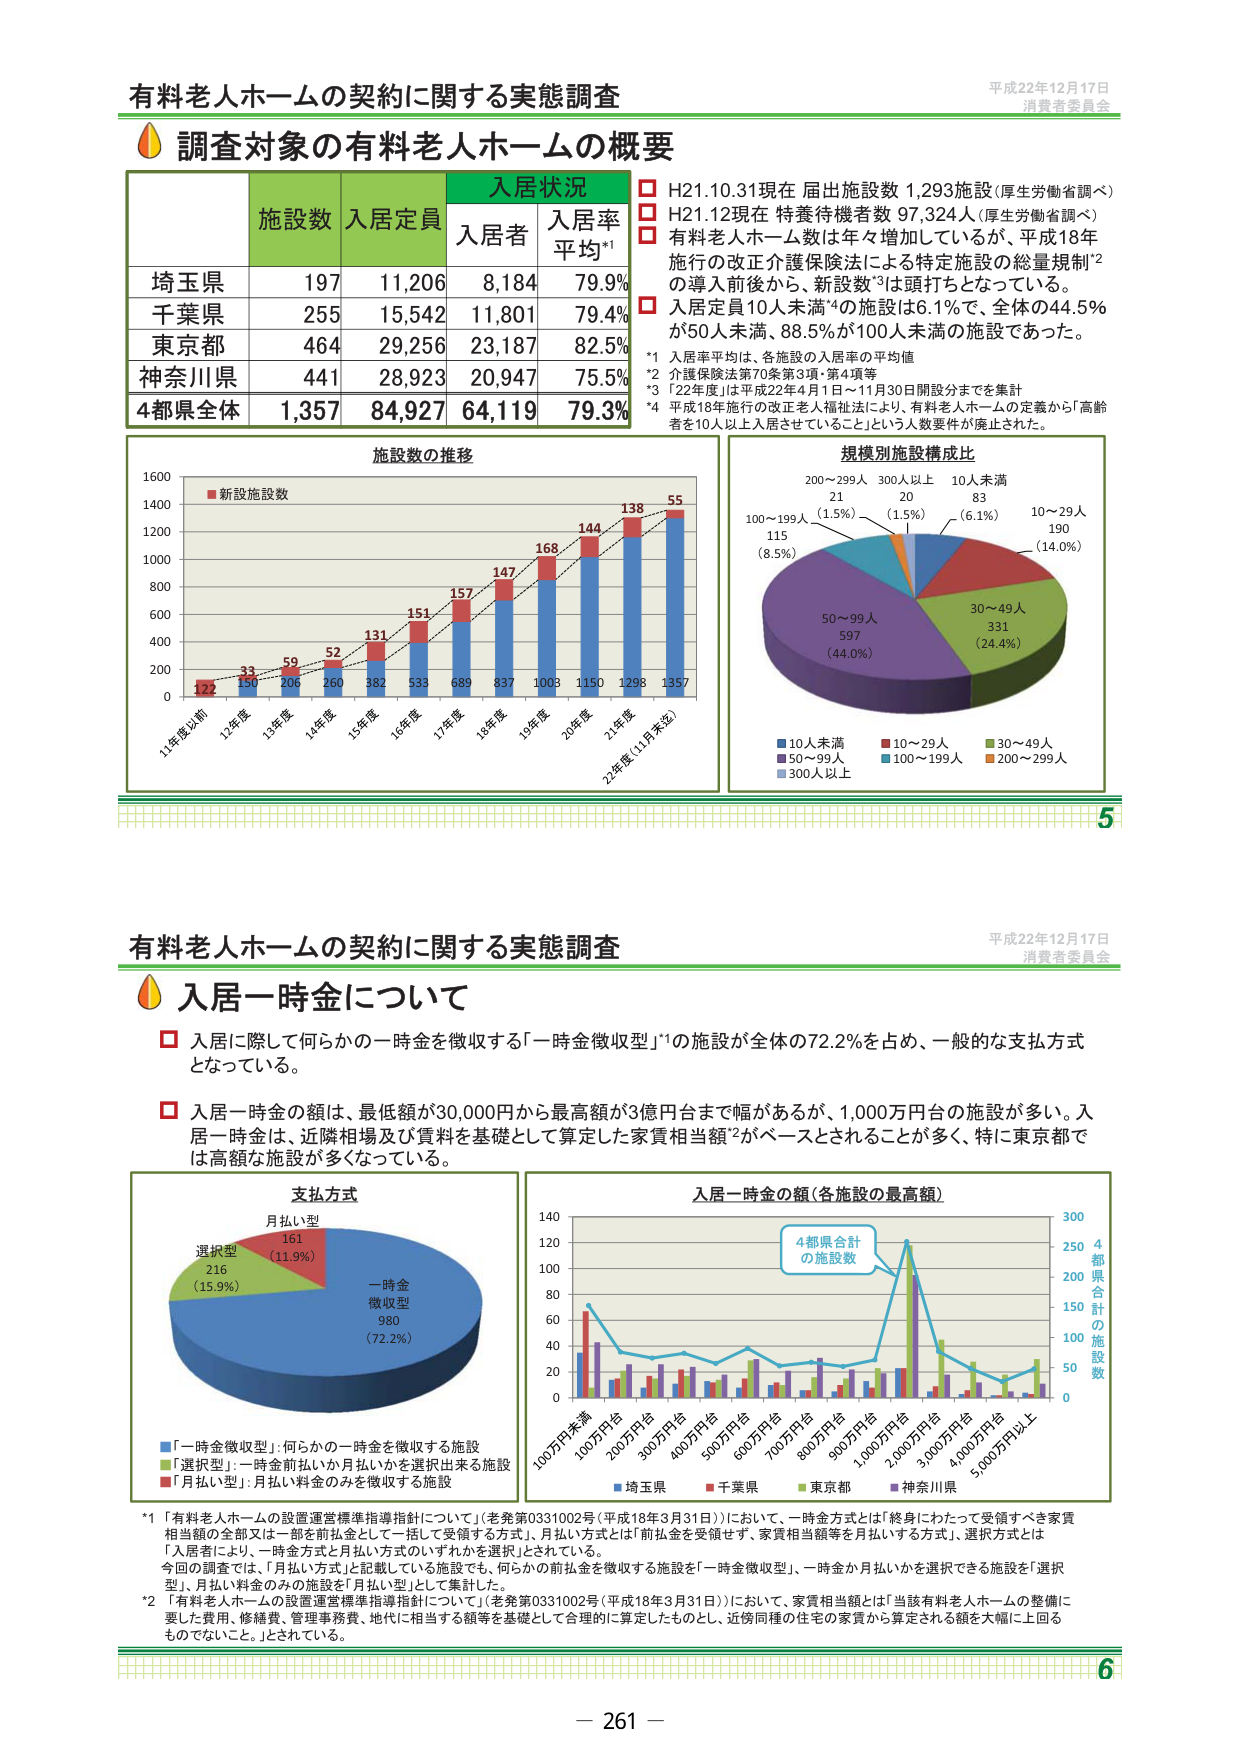
有料老人ホームの契約に関する実態調査
平成22年12月17日
消費者委員会

調査対象の有料老人ホームの概要

施設数　入居定員　入居状況
　　　　　　　　　入居者　入居率平均*1

埼玉県　197　11,206　8,184　79.9%
千葉県　255　15,542　11,801　79.4%
東京都　464　29,256　23,187　82.5%
神奈川県　441　28,923　20,947　75.5%
4都県全体　1,357　84,927　64,119　79.3%

□ H21.10.31現在 届出施設数 1,293施設（厚生労働省調べ）
□ H21.12現在 特養待機者数 97,324人（厚生労働省調べ）
□ 有料老人ホーム数は年々増加しているが、平成18年施行の改正介護保険法による特定施設の総量規制*2の導入前後から、新設数*3は頭打ちとなっている。
□ 入居定員10人未満*4の施設は6.1%で、全体の44.5%が50人未満、88.5%が100人未満の施設であった。

*1 入居率平均は、各施設の入居率の平均値
*2 介護保険法第70条第3項・第4項等
*3 「22年度」は平成22年4月1日～11月30日開設分までを集計
*4 平成18年施行の改正老人福祉法により、有料老人ホームの定義から「高齢者を10人以上入居させていること」という人数要件が廃止された。

施設数の推移
■新設施設数
122　130　206　260　382　533　689　837　1003　1150　1298　1357
11年度以前　12年度　13年度　14年度　15年度　16年度　17年度　18年度　19年度　20年度　21年度　22年度（11月末迄）
33　59　52　131　151　157　147　168　144　138　55

規模別施設構成比
200～299人　21（1.5%）
300人以上　20（1.5%）
10人未満　83（6.1%）
10～29人　190（14.0%）
100～199人　115（8.5%）
30～49人　331（24.4%）
50～99人　597（44.0%）

■10人未満　■10～29人　■30～49人
■50～99人　■100～199人　■200～299人
■300人以上

5

有料老人ホームの契約に関する実態調査
平成22年12月17日
消費者委員会

入居一時金について

□ 入居に際して何らかの一時金を徴収する「一時金徴収型」*1の施設が全体の72.2%を占め、一般的な支払方式となっている。

□ 入居一時金の額は、最低額が30,000円から最高額が3億円台まで幅があるが、1,000万円台の施設が多い。入居一時金は、近隣相場及び賃料を基礎として算定した家賃相当額*2がベースとされることが多く、特に東京都では高額な施設が多くなっている。

支払方式
一時金徴収型　980（72.2%）
選択型　216（15.9%）
月払い型　161（11.9%）

「一時金徴収型」：何らかの一時金を徴収する施設
「選択型」：一時金前払いか月払いかを選択出来る施設
「月払い型」：月払い料金のみを徴収する施設

入居一時金の額（各施設の最高額）
100万円未満　100万円台　200万円台　300万円台　400万円台　500万円台　600万円台　700万円台　800万円台　900万円台　1,000万円台　2,000万円台　3,000万円台　4,000万円台　5,000万円以上
■埼玉県　■千葉県　■東京都　■神奈川県
4都県合計の施設数

*1 「有料老人ホームの設置運営標準指導指針について」（老発第0331002号（平成18年3月31日））において、一時金方式とは「終身にわたって受領すべき家賃相当額の全部又は一部を前払金として一括して受領する方式」、月払い方式とは「前払金を受領せず、家賃相当額等を月払いする方式」、選択方式とは「入居者により、一時金前払いか月払いかを選択」されている。
今回の調査では、「月払い方式」と記載している施設でも、何らかの前払金を徴収する施設を「一時金徴収型」、一時金か月払いかを選択できる施設を「選択型」、月払い料金のみの施設を「月払い型」として集計した。

*2 「有料老人ホームの設置運営標準指導指針について」（老発第0331002号（平成18年3月31日））において、「家賃相当額とは「当該有料老人ホームの整備に要した費用、修繕費、管理事務費、地代に相当する額等を基礎として合理的に算定したものとし、近傍同種の住宅の家賃から算定される額を大幅に上回るものでないこと。」とされている。

6
－ 261 －